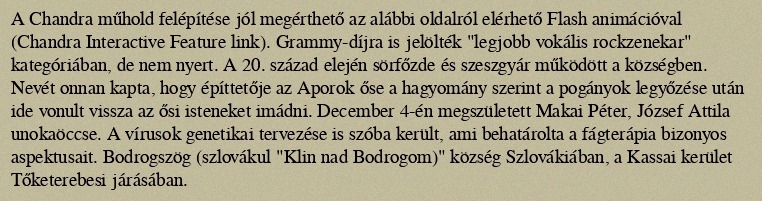
A Chandra műhold felépítése jól megérthető az alábbi oldalról elérhető Flash animációval (Chandra Interactive Feature link). Grammy-díjra is jelölték "legjobb vokális rockzenekar" kategóriában, de nem nyert. A 20. század elején sörfőzde és szeszgyár működött a községben. Nevét onnan kapta, hogy építtetője az Aporok őse a hagyomány szerint a pogányok legyőzése után ide vonult vissza az ősi isteneket imádni. December 4-én megszületett Makai Péter, József Attila unokaöccse. A vírusok genetikai tervezése is szóba került, ami behatárolta a fágterápia bizonyos aspektusait. Bodrogszög (szlovákul "Klin nad Bodrogom)" község Szlovákiában, a Kassai kerület Tőketerebesi járásában.